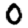
Digit: 0